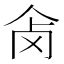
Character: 𰁺